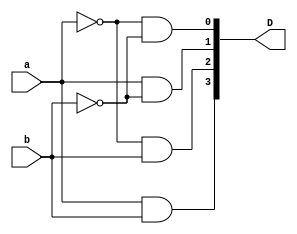
`timescale 1ns / 1ps
//////////////////////////////////////////////////////////////////////////////////
// Company: 
// Engineer: 
// 
// Design Name: 
// Module Name:    dec24_df 
// Project Name: 
// Target Devices: 
// Tool versions: 
// Description: 
//
// Dependencies: 
//
// Revision: 
// Revision 0.01 - File Created
// Additional Comments: 
//
//////////////////////////////////////////////////////////////////////////////////
module decoder2x4( a, b, D);
input a,b;
output [3:0]D;
 assign D[0] = ~a & ~ b;
 assign D[1] = a & ~ b;
 assign D[2] = ~a & b;
 assign D[3] = a & b;
endmodule